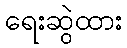
ရေးဆွဲထား